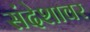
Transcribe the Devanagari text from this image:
संदेशावर